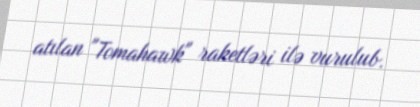
atılan "Tomahawk" raketləri ilə vurulub.